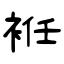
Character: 袵